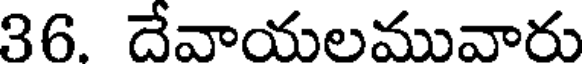
36. దేవాయలమువారు